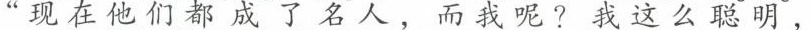
”现在他们都成了名 而我呢？我这么聪明